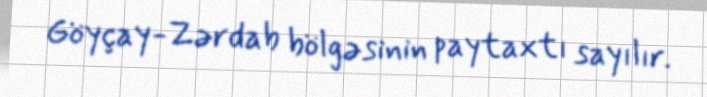
Göyçay-Zərdab bölgəsinin paytaxtı sayılır.